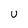
Character: U